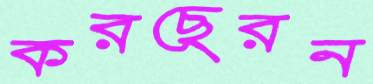
করছেরন